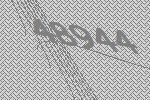
48944